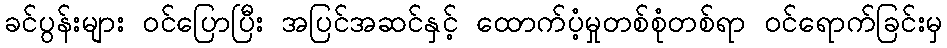
ခင်ပွန်းများ ဝင်ပြောပြီး အပြင်အဆင်နှင့် ထောက်ပံ့မှုတစ်စုံတစ်ရာ ဝင်ရောက်ခြင်းမှ